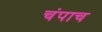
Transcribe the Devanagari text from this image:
चंपाच